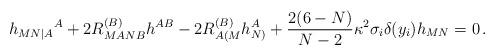
LaTeX: \begin{align*}h_{MN|A}{}^A +2R^{(B)}_{MANB}h^{AB}-2R^{(B)}_{A(M}h^A_{N)}+{2(6-N)\over N-2}\kappa^2\sigma_i\delta (y_i)h_{MN}=0\,.\end{align*}